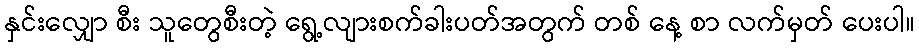
နှင်းလျှော စီး သူတွေစီးတဲ့ ရွေ့လျားစက်ခါးပတ်အတွက် တစ် နေ့ စာ လက်မှတ် ပေးပါ။